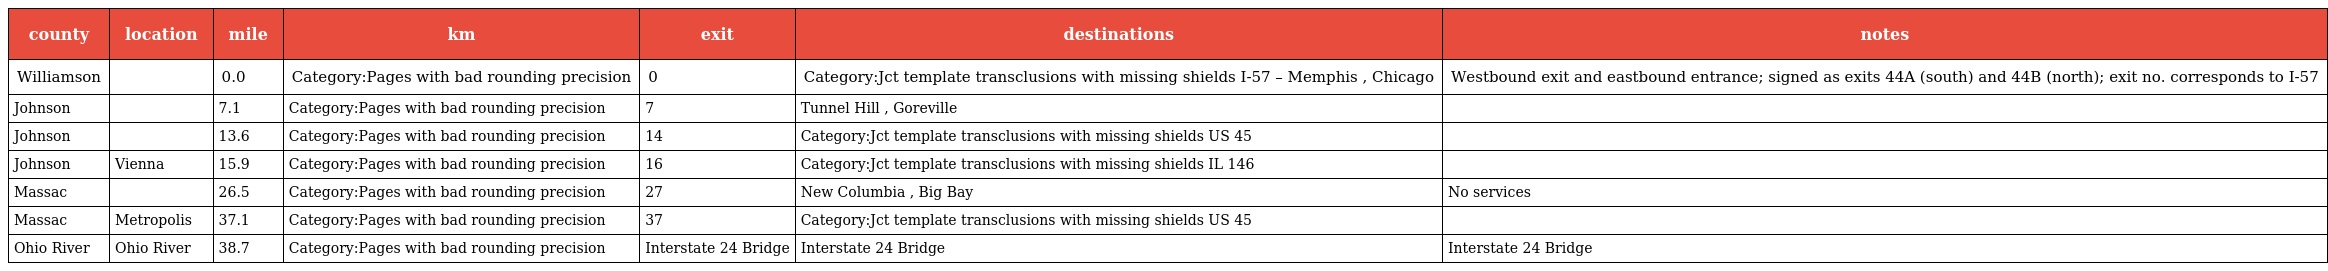
| county | location | mile | km | exit | destinations | notes |
 | --- | --- | --- | --- | --- | --- | --- |
 | Williamson |  | 0.0 | Category:Pages with bad rounding precision | 0 | Category:Jct template transclusions with missing shields I-57 – Memphis , Chicago | Westbound exit and eastbound entrance; signed as exits 44A (south) and 44B (north); exit no. corresponds to I-57 |
 | Johnson |  | 7.1 | Category:Pages with bad rounding precision | 7 | Tunnel Hill , Goreville |  |
 | Johnson |  | 13.6 | Category:Pages with bad rounding precision | 14 | Category:Jct template transclusions with missing shields US 45 |  |
 | Johnson | Vienna | 15.9 | Category:Pages with bad rounding precision | 16 | Category:Jct template transclusions with missing shields IL 146 |  |
 | Massac |  | 26.5 | Category:Pages with bad rounding precision | 27 | New Columbia , Big Bay | No services |
 | Massac | Metropolis | 37.1 | Category:Pages with bad rounding precision | 37 | Category:Jct template transclusions with missing shields US 45 |  |
 | Ohio River | Ohio River | 38.7 | Category:Pages with bad rounding precision | Interstate 24 Bridge | Interstate 24 Bridge | Interstate 24 Bridge |